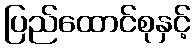
ပြည်ထောင်စုနှင့်